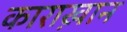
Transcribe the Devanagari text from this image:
काराख़ान